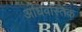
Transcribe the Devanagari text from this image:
अधिवस्तिक